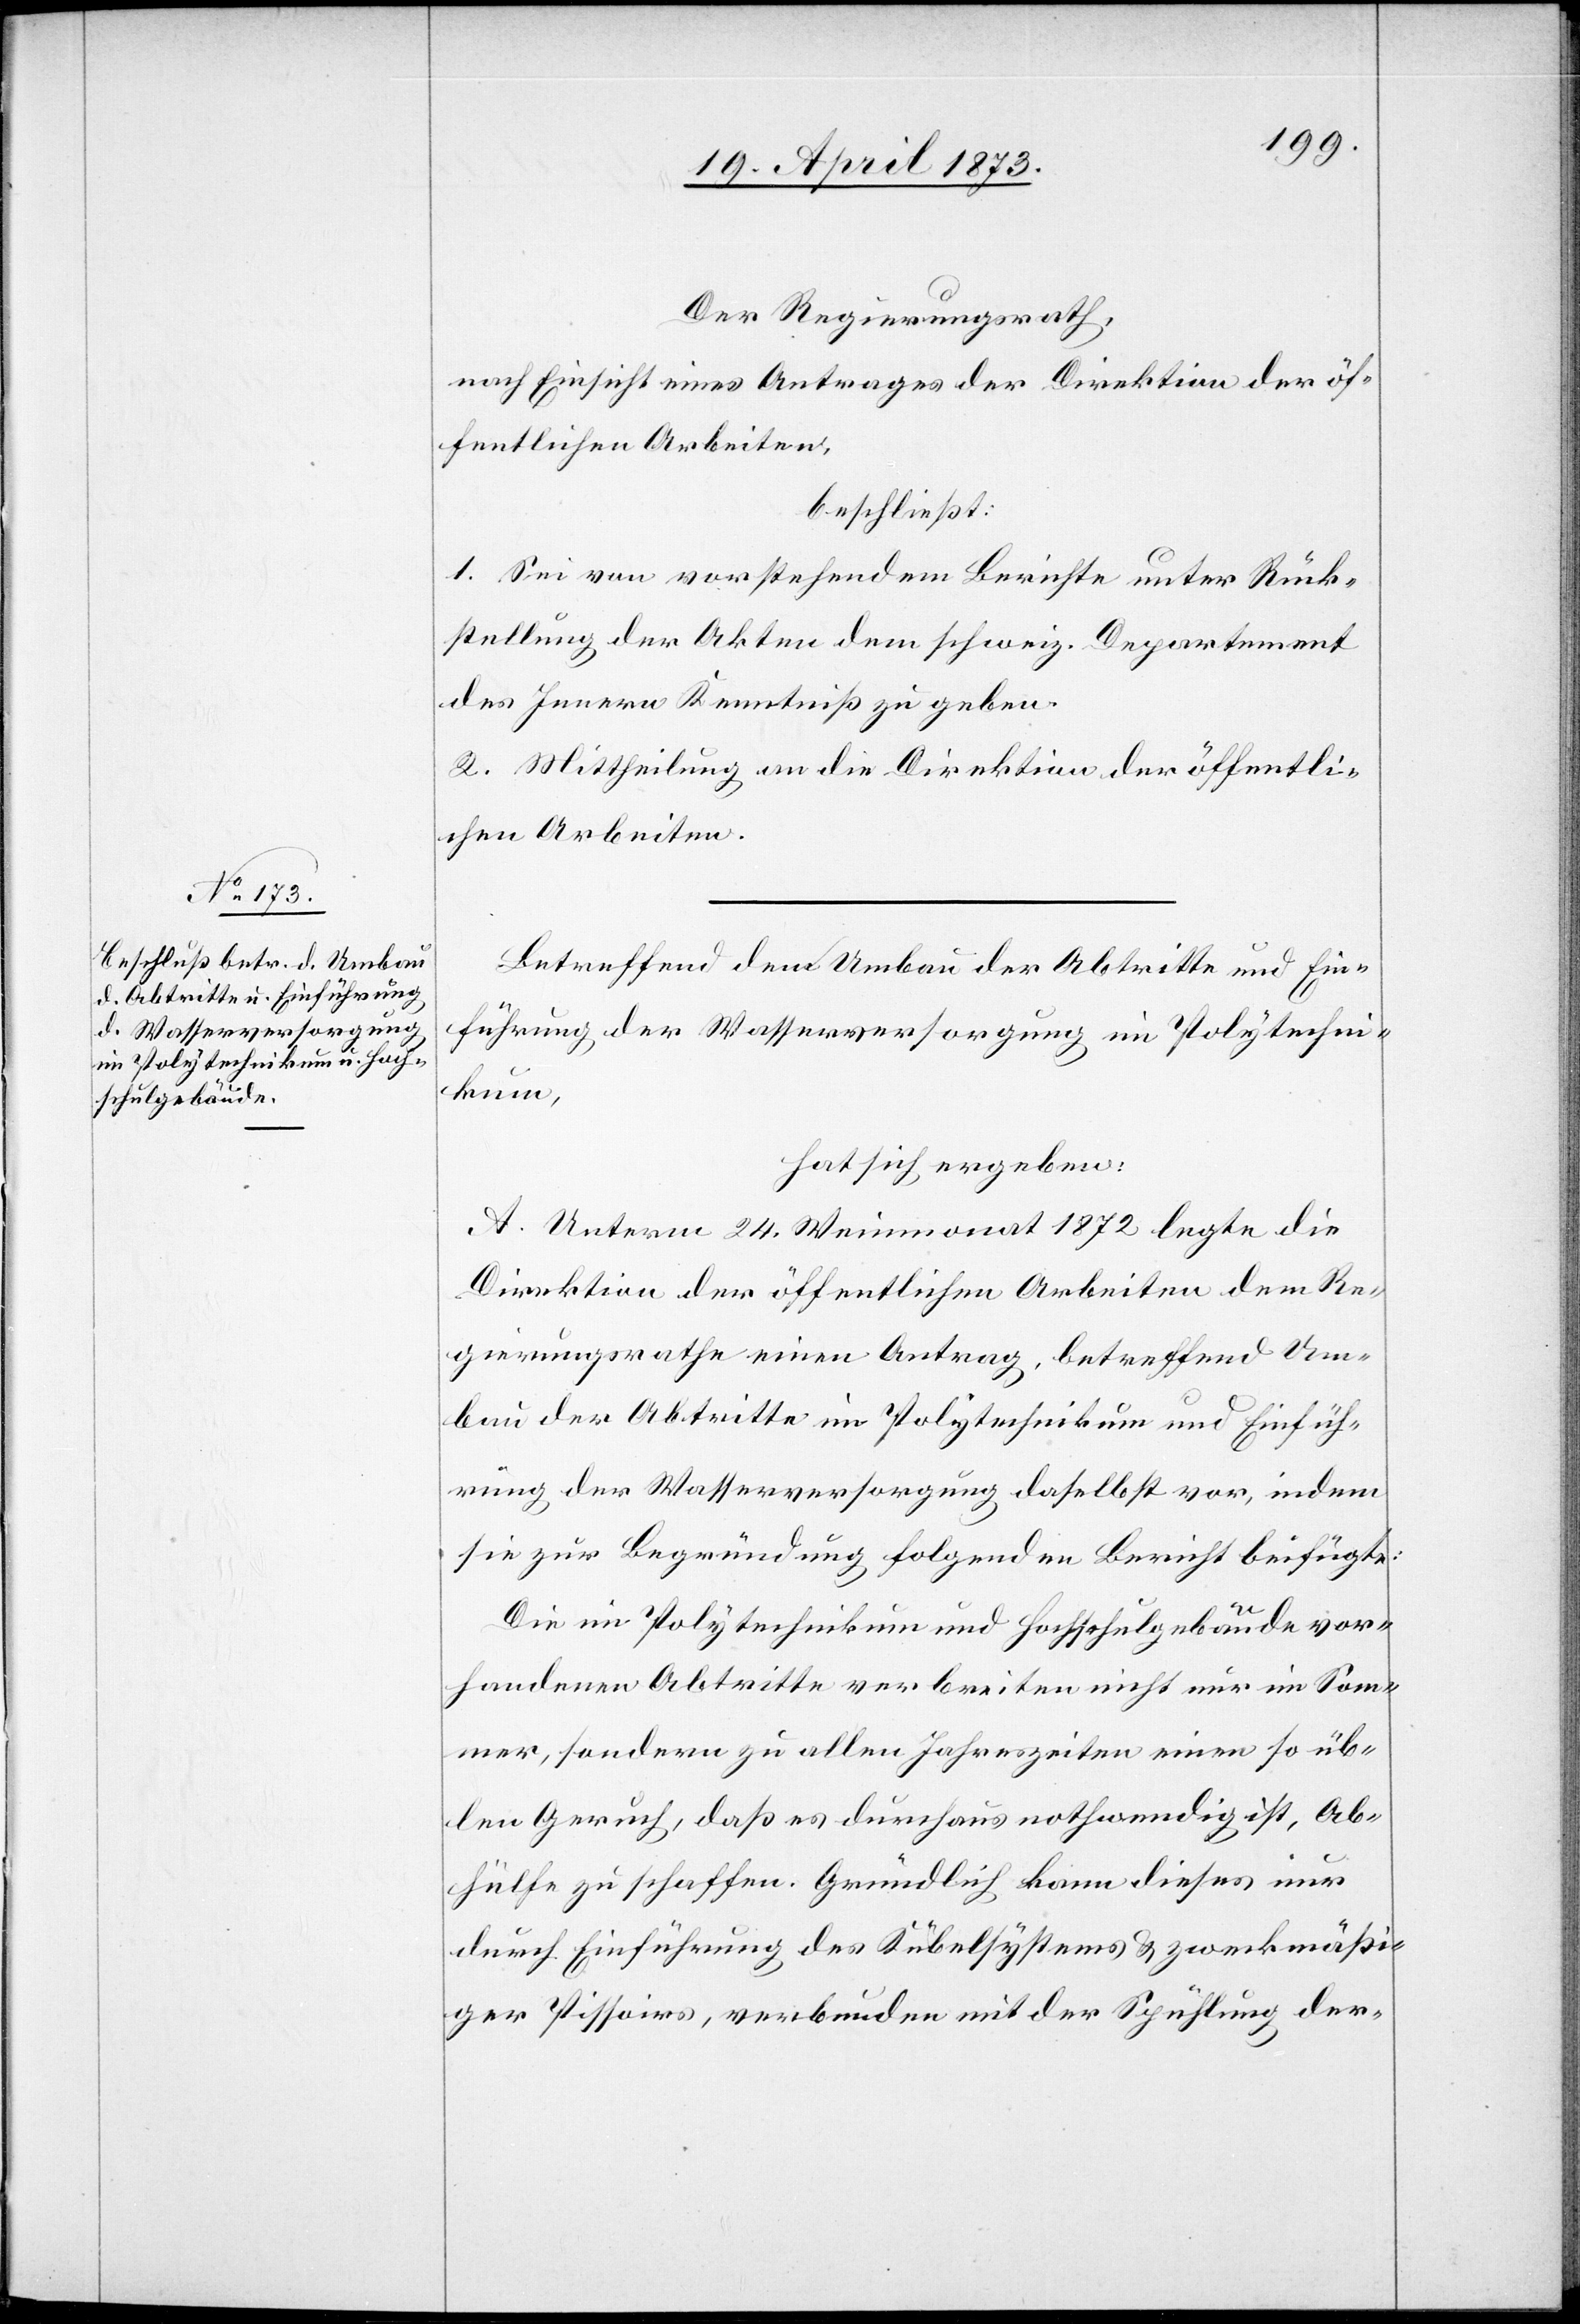
Der Regierungsrath,
nach Einsicht eines Antrages der Direktion der öf¬
fentlichen Arbeiten,
beschließt:
1. Sei von vorstehendem Berichte unter Rück¬
stellung der Akten dem schweiz. Departement
des Innern Kenntniß zu geben.
2. Mittheilung an die Direktion der öffentli¬
chen Arbeiten.
Betreffend dem Umbau der Abtritte und Ein¬
führung der Wasserversorgung im Polytechni¬
kum,
hat sich ergeben:
A. Unterm 24. Weinmonat 1872 legte die
Direktion der öffentlichen Arbeiten dem Re¬
gierungsrathe einen Antrag betreffend Um¬
bau der Abtritte im Polytechnikum und Einfüh¬
rung der Wasserversorgung daselbst vor, indem
sie zur Begründung folgenden Bericht beifügte:
Die im Polytechnikum und Hochschulgebäude vor¬
handenen Abtritte verbreiten nicht nur im Som¬
mer, sondern zu allen Jahreszeiten einen so üb¬
len Geruch, daß es durchaus nothwendig ist, Ab¬
hülfe zu schaffen. Gründlich kann dieses nur
durch Einführung des Kübelsystems & zweckmäßi¬
ger Pissoirs, verbunden mit der Spühlung der-